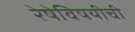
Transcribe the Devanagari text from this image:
रेषेविषयीची